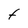
Character: t